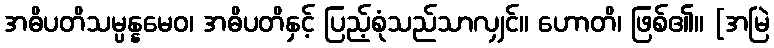
အဓိပတိသမ္ပန္နမေဝ၊ အဓိပတိနှင့် ပြည့်စုံသည်သာလျှင်။ ဟောတိ၊ ဖြစ်၏။ [အမြဲ